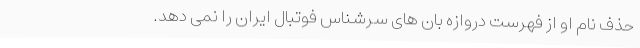
حذف نام او از فهرست دروازه بان های سرشناس فوتبال ایران را نمی دهد.